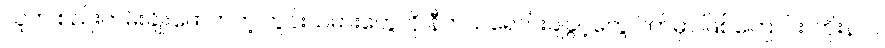
သူက စည်းကမ်းချိုးဖောက်တဲ့ တွင်းသမားတွေကို နီကယ်ရောင်းချခွင့်တွေ ပိတ်မှာ ဖြစ်ကြောင်း၊ ဘိုးနာဂ